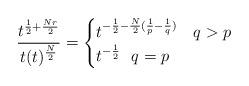
LaTeX: \begin{align*}\frac{t^{\frac{1}{2}+\frac{Nr}{2}}}{t(t)^{\frac{N}{2}}}=\begin{cases}t^{-\frac{1}{2} -\frac{N}{2}(\frac{1}{p}-\frac{1}{q}) }\ \ \ q>p \\t^{-\frac{1}{2}} \ \ q=p\end{cases}\end{align*}